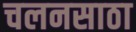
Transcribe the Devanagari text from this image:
चलनसाठा